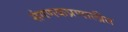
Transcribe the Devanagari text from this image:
संगणकप्रणालीत